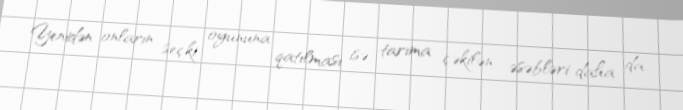
Yenidən onların seçki oyununa qatılması isə tarıma çəkilən əsəbləri daha da